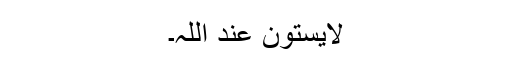
لَايَسْتَونَ عِنْدَ اللّٰہِ۔